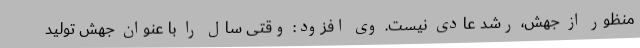
منظور از جهش، رشد عادی نیست. وی افزود: وقتی سال را با عنوان جهش تولید